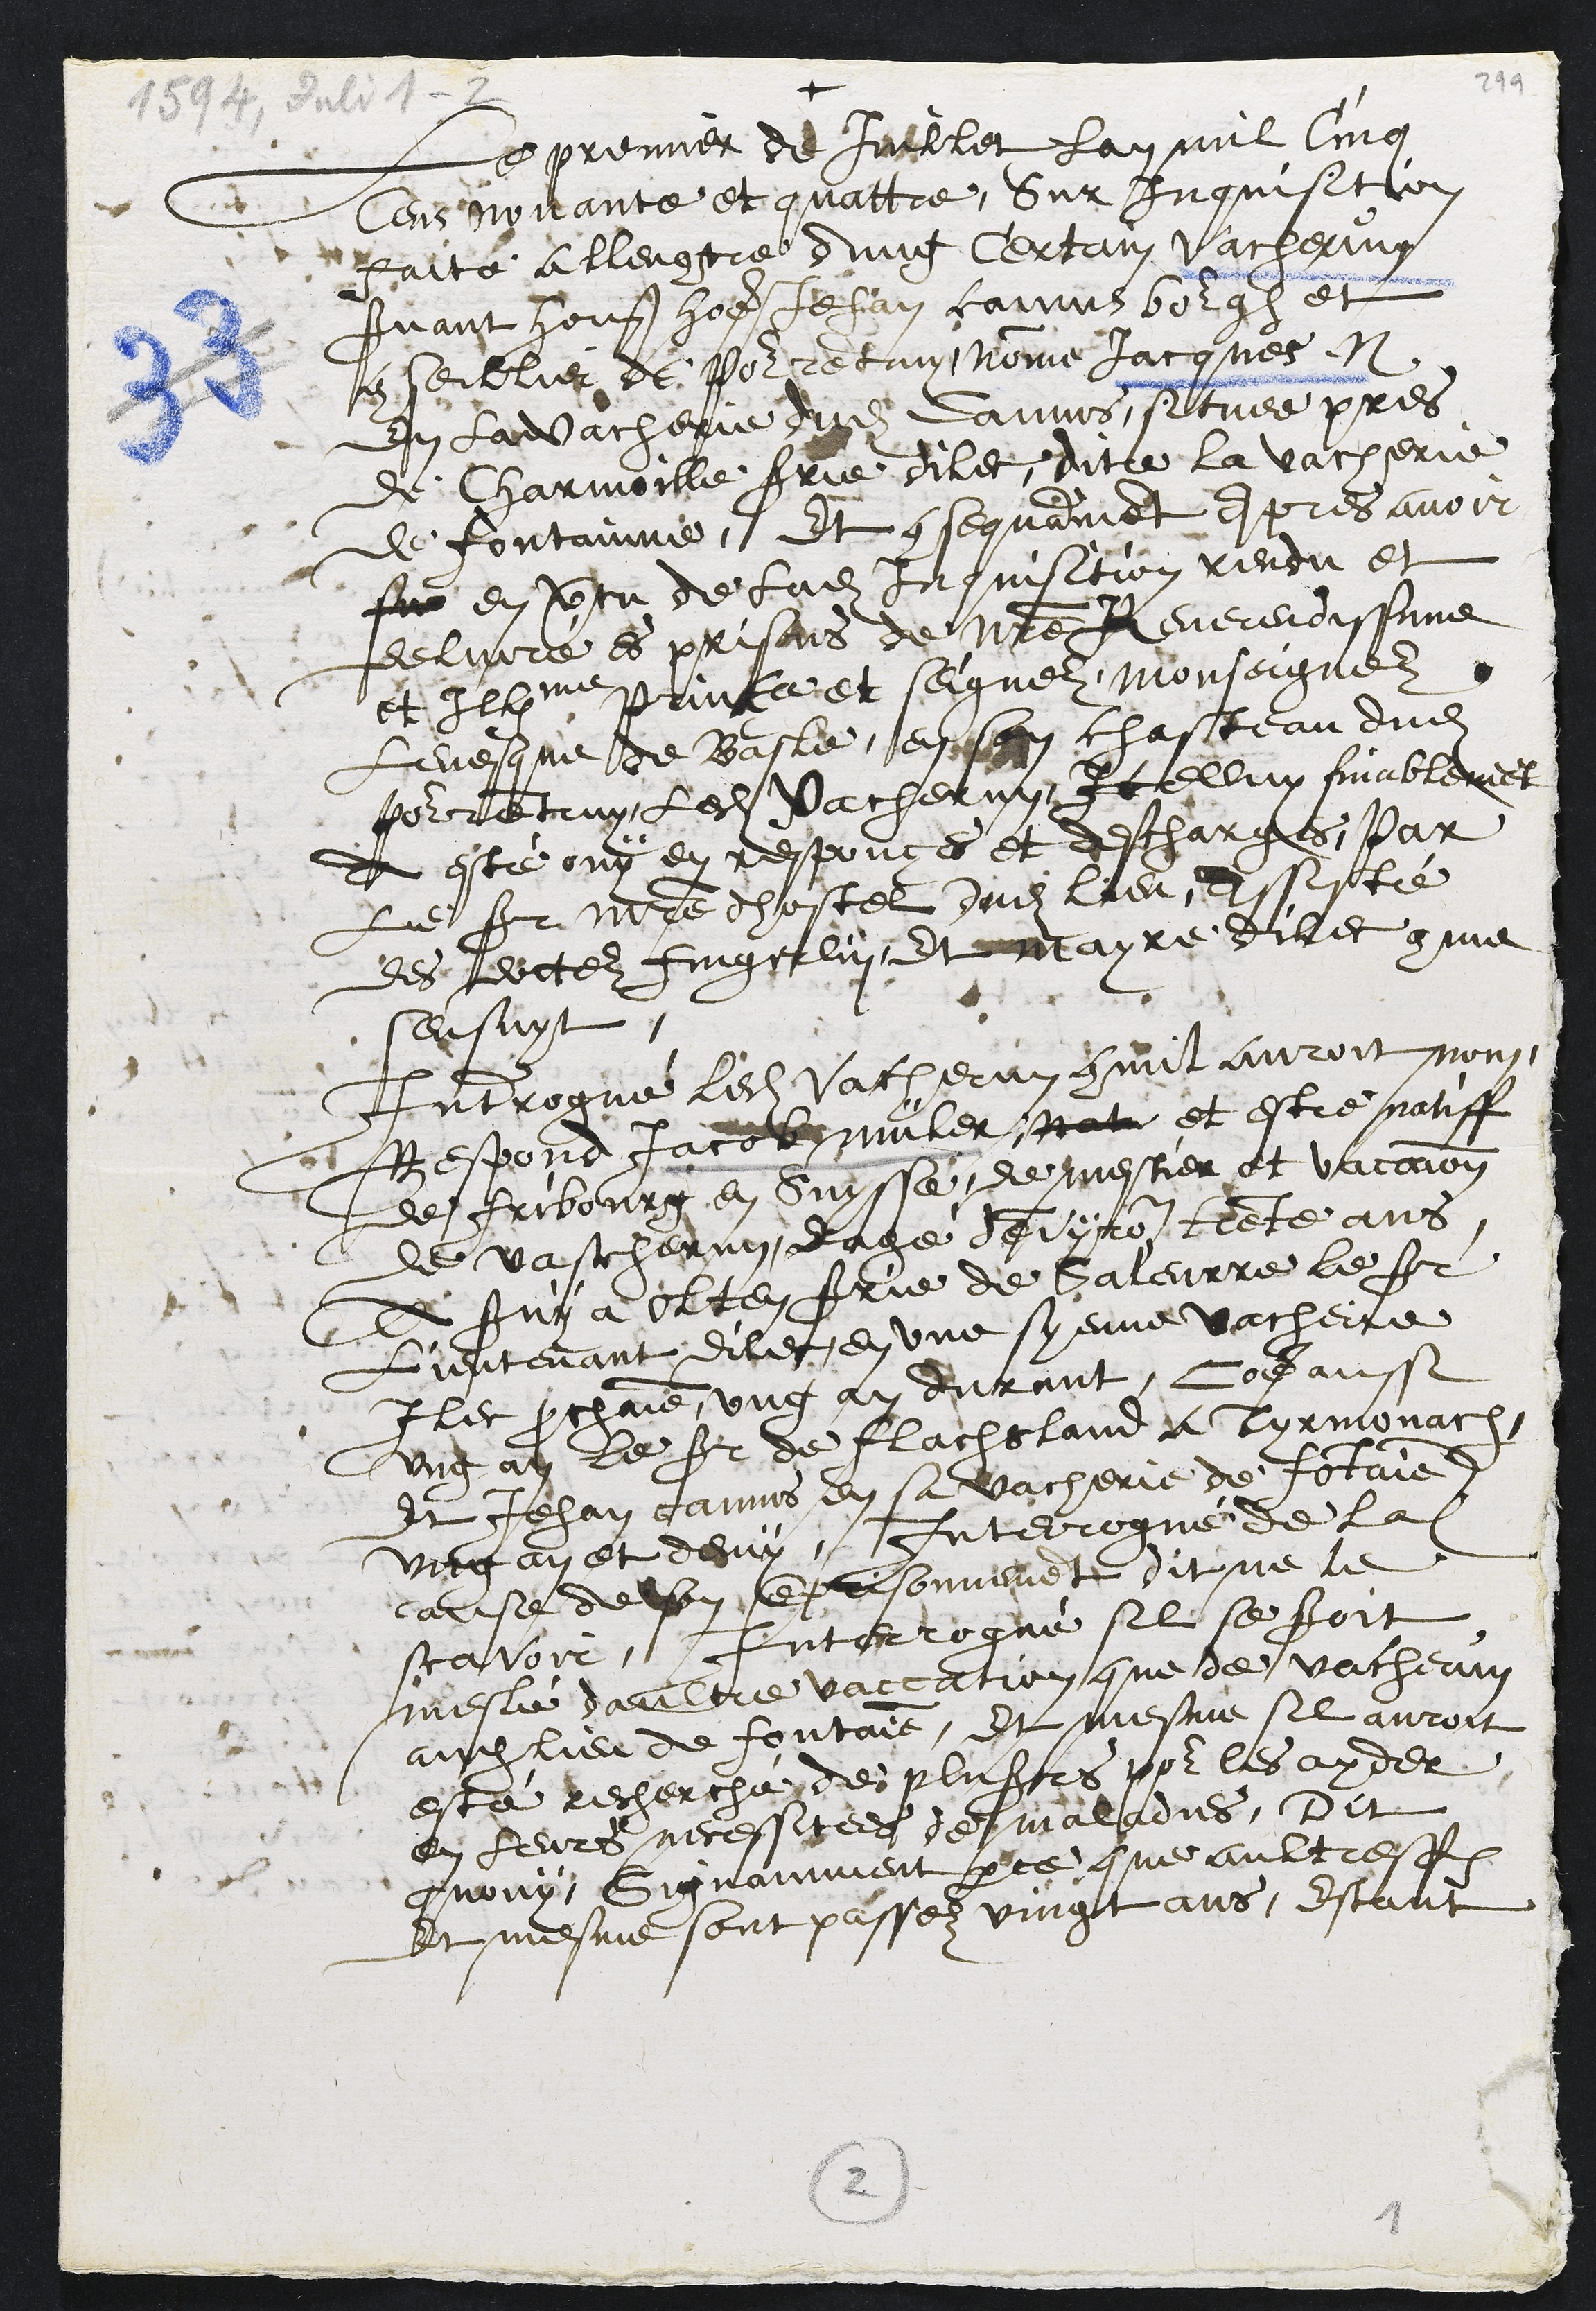
+
Le premier de Juillet lan mil cinq
Cens nonante et quattre, Sur inquisition
faite allencontre dung Certain Vacherun
servant hon homme Jehan Camus bourgeois et
conseillier de Pourrentruy nomme Jacques N
En la vacherie dudit Camus, situee pres
de Charmoille srie dilec, dite la vacherie
de fontainne, Et consequamment apres avoir
fu en vertu de ladite Inquisition rendu et
delivré es prisons de nostre Reverendissime
et Illme prince et seigneur Monseigneur
Levesque de Basle, en son chasteau dudit
Pourrentruy ledit Vacherun, Icelluy finablement
a esté ouy en responces et descharges par
Le sr maitre dhostel dudit lieu Assisté
des docteur Fingerlin, et mayre dilec comme
sensuyt.
Interrogué ledit Vacherun commil auroit nom,
Respond Jacob müler nat et estre natiff
de fribourg en Suysse, de mestier et vaccion
de vascherun, eagé denviron trente ans
A servy a Olten srie de Soleurre le sr
Lieutenant dilec en une syenne vacherie
Ilec prochaine ung an durant, Come aussi
ung an le sieur de Flachsland a Tyrmonach
Et Jehan Camus en sa vacherie de Fontaine
ung an et demy, Interrogué de la
cause de son emprisonnement dit ne le
scavoir. Interrogué sil se seroit
meslé daultre vaccation que de vacherun
audit lieu de fontaine, Et mesme sil auroit
este recherché de plusieurs pour les ayder
en leurs necessitees de maladies, Dit
quouy, Signamment parce que aultresfois
et mesme sont passez vingt ans, estant